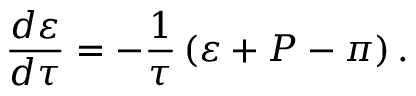
\frac { d \varepsilon } { d \tau } = - \frac { 1 } { \tau } \left( \varepsilon + P - \pi \right) .